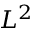
L ^ { 2 }